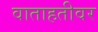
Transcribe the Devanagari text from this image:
वाताहतीवर